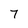
Character: 7